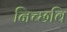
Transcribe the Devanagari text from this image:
निच्छवि